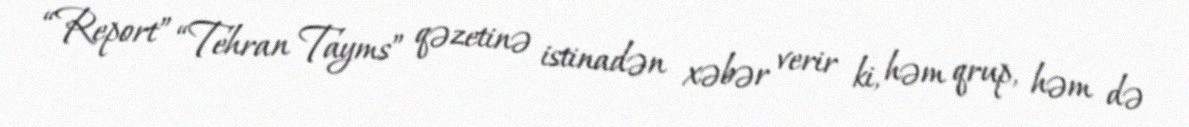
“Report” “Tehran Tayms” qəzetinə istinadən xəbər verir ki, həm qrup, həm də